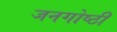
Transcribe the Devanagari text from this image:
जनगोष्ठी